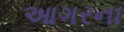
આગરના